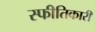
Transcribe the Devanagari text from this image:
स्फीतिकारी